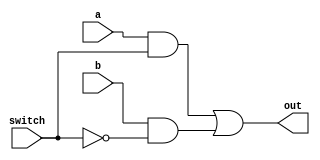
module mux(out,a,b,switch);
    input a,b,switch;
    output out;
    wire temp1,temp2;
    and(temp1,a,switch);
    and(temp2,b,~switch);
    or(out,temp1,temp2);
endmodule